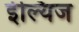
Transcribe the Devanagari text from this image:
ईल्यिज